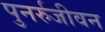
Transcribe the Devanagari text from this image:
पुनर्रुजीवन